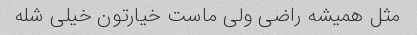
مثل همیشه راضی ولی ماست خیارتون خیلی شله